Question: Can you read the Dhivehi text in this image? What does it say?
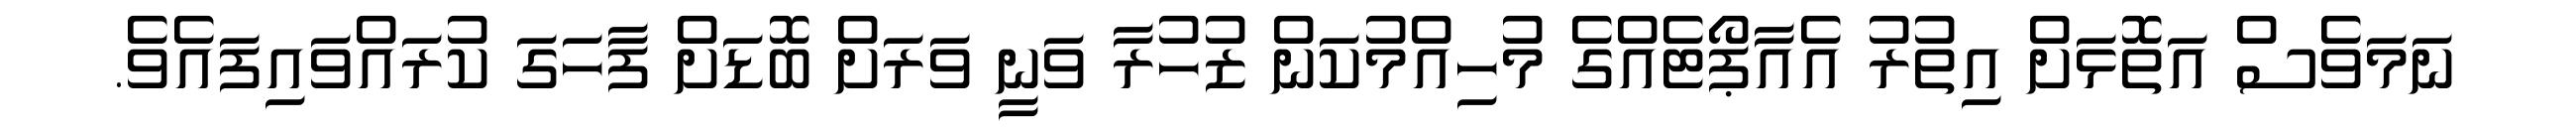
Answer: ނަމަވެސް އަތޮޅަށް އިތުރު އެއާޕޯޓެއްގެ މުހިއްމުކަން ޒުހުރާ ވަނީ ވަރަށް ބޮޑަށް ފާހަގަ ކުރައްވައިފައެވެ.